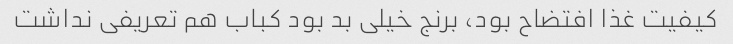
کیفیت غذا افتضاح بود، برنج خیلی بد بود کباب هم تعریفی نداشت